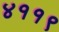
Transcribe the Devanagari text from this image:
४११९